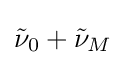
{\textstyle {\tilde {\nu }}_{0}+{\tilde {\nu }}_{M}}